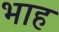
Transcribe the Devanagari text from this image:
भाह